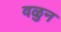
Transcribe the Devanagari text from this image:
वळुन